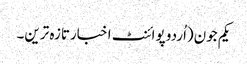
یکم جون(اُردو پوائنٹ اخبارتازہ ترین۔